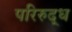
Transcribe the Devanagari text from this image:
परिरुद्ध